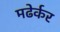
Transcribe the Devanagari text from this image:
मढेर्कर